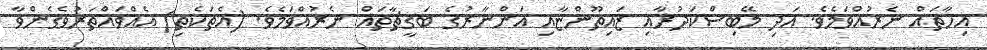
އިހާތައް ނެރުއްވަމެވެ. އަދި މޭބިސްކަދުރާއި ޒައިތޫންޏާއި އަންނާރުގެ ބަގީޗާތައް ނެރުއްވަމެވެ. (އެތަކެތި) އެއްވައްތަރުވެގެންވާ